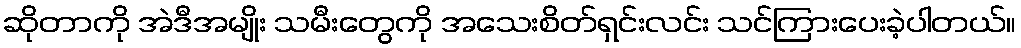
ဆိုတာကို အဲဒီအမျိုး သမီးတွေကို အသေးစိတ်ရှင်းလင်း သင်ကြားပေးခဲ့ပါတယ်။